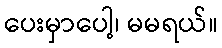
ပေးမှာပေါ့၊ မမရယ်။